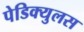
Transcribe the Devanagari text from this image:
पेडिक्युलस